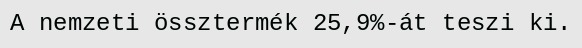
A nemzeti össztermék 25,9%-át teszi ki.